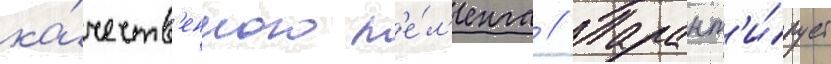
ка́честв'енного п'е́л'енга // Гарант'и́рует